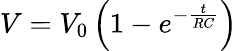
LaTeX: V=V_{0}\left(1-e^{-\frac{t}{RC}}\right)